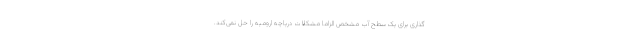
گذاری برای یک سطح آب مشخص الزاما مشکلات دریاچه ارومیه را حل نمی‌کند.